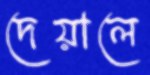
দেয়ালে